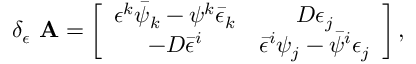
\delta _ { \epsilon } \mathrm { { \bf ~ A } } = \left[ \begin{array} { c c } { { \epsilon ^ { k } \bar { \psi } _ { k } - \psi ^ { k } \bar { \epsilon } _ { k } } } & { { D \epsilon _ { j } } } \\ { { - D \bar { \epsilon } ^ { i } } } & { { \bar { \epsilon } ^ { i } \psi _ { j } - \bar { \psi } ^ { i } \epsilon _ { j } } } \end{array} \right] ,